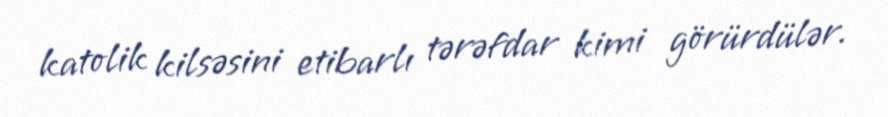
katolik kilsəsini etibarlı tərəfdar kimi görürdülər.